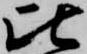
比